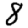
Digit: 8